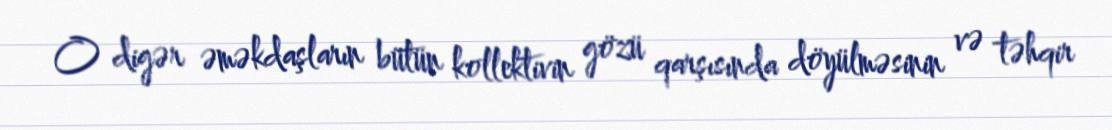
O digər əməkdaşların bütün kollektivin gözü qarşısında döyülməsinin və təhqir